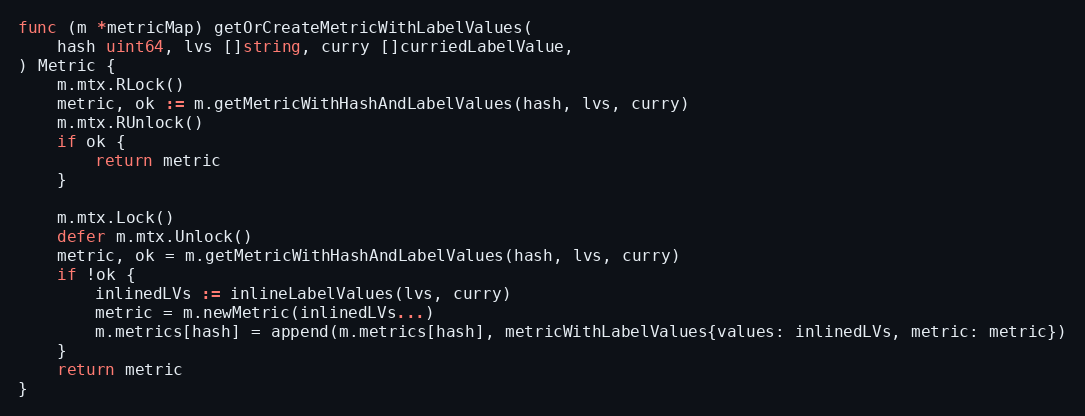
Language: Go
func (m *metricMap) getOrCreateMetricWithLabelValues(
	hash uint64, lvs []string, curry []curriedLabelValue,
) Metric {
	m.mtx.RLock()
	metric, ok := m.getMetricWithHashAndLabelValues(hash, lvs, curry)
	m.mtx.RUnlock()
	if ok {
		return metric
	}

	m.mtx.Lock()
	defer m.mtx.Unlock()
	metric, ok = m.getMetricWithHashAndLabelValues(hash, lvs, curry)
	if !ok {
		inlinedLVs := inlineLabelValues(lvs, curry)
		metric = m.newMetric(inlinedLVs...)
		m.metrics[hash] = append(m.metrics[hash], metricWithLabelValues{values: inlinedLVs, metric: metric})
	}
	return metric
}